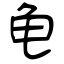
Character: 龟